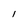
Character: 1